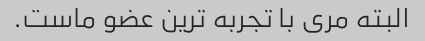
البته مری با تجربه ترین عضو ماست.